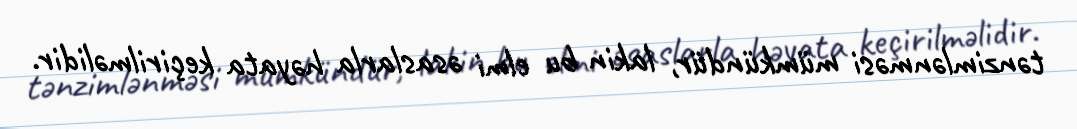
tənzimlənməsi mümkündür, lakin bu elmi əsaslarla həyata keçirilməlidir.